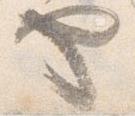
や